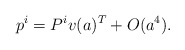
\begin{align*}p^i = P^i v(a)^T +O(a^4).\end{align*}